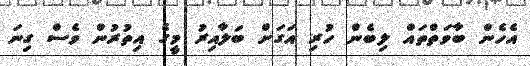
އެހެން ބާވަތްތައް ލިބެން ހުރި އަގަށް ބަލާއިރު މީގެ އިތުރުން ވެސް ގިނަ